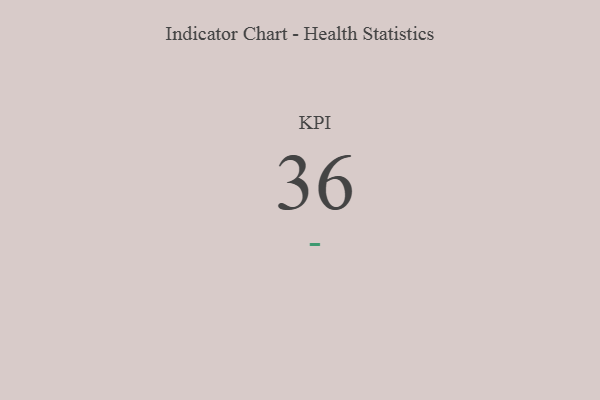
{"axis": {"x": "KPI", "y": "Value"}, "legend": [""], "data": [{"x": "KPI", "y": 36, "type": ""}]}